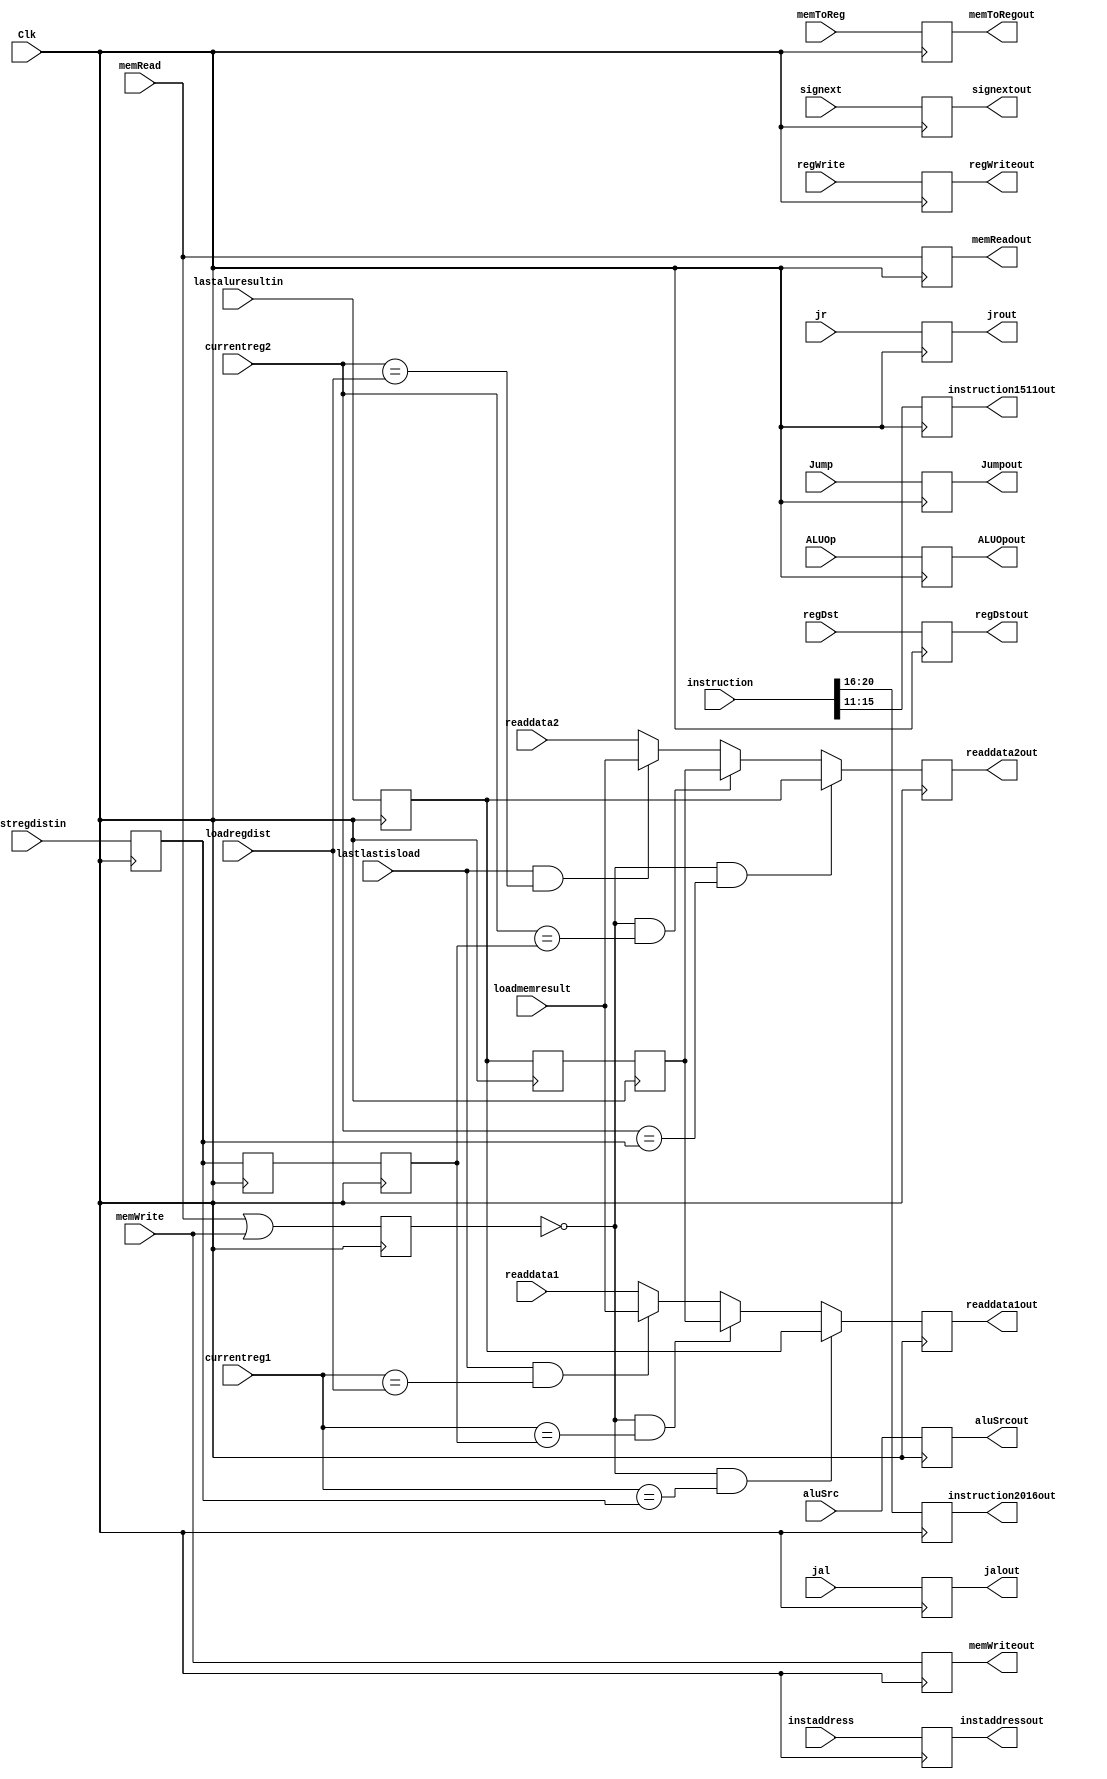
`timescale 1ns / 1ps
//////////////////////////////////////////////////////////////////////////////////
// Company: 
// Engineer: 
// 
// Design Name: 
// Module Name: IDEX
// Project Name: 
// Target Devices: 
// Tool Versions: 
// Description: 
// 
// Dependencies: 
// 
// Revision:
// Revision 0.01 - File Created
// Additional Comments:
// 
//////////////////////////////////////////////////////////////////////////////////


module IDEX(
    input Clk,
    input [31:0] signext,readdata1,readdata2,instaddress,instruction,
    input regDst,aluSrc,regWrite,memToReg,
          memRead, memWrite,Jump,jr,jal,
    input [3:0] ALUOp,
    input [4:0]currentreg1,currentreg2,
    input [4:0] lastregdistin,
    input [31:0] lastaluresultin,
    input lastlastisload,
    input [4:0] loadregdist,
    input [31:0] loadmemresult,
    output reg regDstout,aluSrcout,regWriteout,
               memToRegout, memReadout,memWriteout,
                Jumpout,jrout,jalout,
    output reg [3:0]ALUOpout,
    output reg [31:0]instaddressout,readdata1out,readdata2out,
                      signextout,
    output reg [4:0] instruction2016out,instruction1511out
    );
    reg [31:0]lastlastaluresult,lastaluresult,lastaluresulttemp;
    reg [4:0] lastlastregdist,lastregdist,lastregdisttemp;
    reg lastisload;
    initial begin
        regDstout=0;
        aluSrcout=0;
        regWriteout=0;
        memToRegout=0;
        memReadout=0;
        memWriteout=0;
        Jumpout=0;
        jrout=0;
        jalout=0;
        ALUOpout=0;
        instaddressout=0;
        readdata1out=0;
        readdata2out=0;
        signextout=0;
        instruction2016out=0;
        instruction1511out=0;
    end
    always @(posedge Clk)
    begin
            regDstout<=regDst;
            aluSrcout<=aluSrc;
            regWriteout<=regWrite;
            memToRegout<=memToReg;
            memReadout<=memRead;
            memWriteout<=memWrite;
            Jumpout<=Jump;
            jrout<=jr;
            jalout<=jal;
            ALUOpout<=ALUOp;
            instaddressout<=instaddress;
            //readdata1out<=readdata1;
            //readdata2out<=readdata2;
            signextout<=signext;
            instruction2016out<=instruction[20:16];
            instruction1511out<=instruction[15:11];
            if((!lastisload) && currentreg1==lastregdist)
                readdata1out<=lastaluresult;
            else if((!lastisload) && currentreg1==lastlastregdist)
                readdata1out<=lastlastaluresult;
            else if(lastlastisload && currentreg1==loadregdist)
                readdata1out<=loadmemresult;
            else
                readdata1out<=readdata1; 
            if((!lastisload) && currentreg2==lastregdist)
                readdata2out<=lastaluresult;
            else if((!lastisload) && currentreg2==lastlastregdist)
                readdata2out<=lastlastaluresult;
            else if(lastlastisload && currentreg2==loadregdist)
                readdata2out<=loadmemresult;                
            else
                readdata2out<=readdata2;  
            lastregdisttemp<=lastregdist;
            lastaluresulttemp<=lastaluresult;   
            lastisload<=memRead||memWrite;           
    end
    always @(negedge Clk)
    begin
            lastlastregdist<=lastregdisttemp;
            lastlastaluresult<=lastaluresulttemp;
            lastregdist<=lastregdistin;
            lastaluresult<=lastaluresultin;   
    end
endmodule